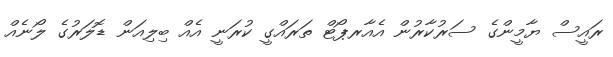
ރައީސް ޔާމީންގެ ސަރުކާރުން އެއާރޕޯޓް ތަރައްގީ ކުރަނީ އެއް ބިލިއަން ޑޮލަރުގެ ލޯނެއް